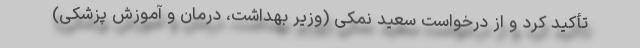
تأکید کرد و از درخواست سعید نمکی (وزیر بهداشت، درمان و آموزش پزشکی)